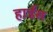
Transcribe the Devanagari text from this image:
हार्डस